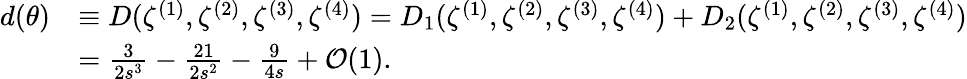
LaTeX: \begin{array}{rl}{d(\theta)}&{\equiv D(\zeta^{(1)},\zeta^{(2)},\zeta^{(3)},\zeta^{(4)})=D_{1}(\zeta^{(1)},\zeta^{(2)},\zeta^{(3)},\zeta^{(4)})+D_{2}(\zeta^{(1)},\zeta^{(2)},\zeta^{(3)},\zeta^{(4)})}\\ &{=\frac{3}{2s^{3}}-\frac{21}{2s^{2}}-\frac{9}{4s}+\mathcal{O}(1).}\end{array}